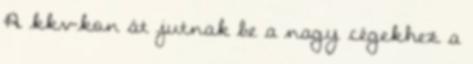
A kkv-kon át jutnak be a nagy cégekhez a